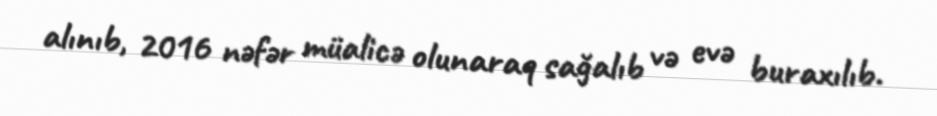
alınıb, 2016 nəfər müalicə olunaraq sağalıb və evə buraxılıb.